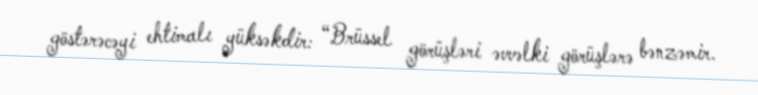
göstərəcəyi ehtimalı yüksəkdir: “Brüssel görüşləri əvvəlki görüşlərə bənzəmir.